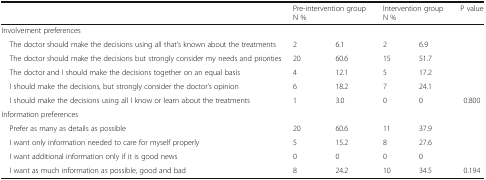
<table><thead><tr><td></td><td colspan="2"><b>Pre-intervention groupN %</b></td><td colspan="2"><b>Intervention groupN %</b></td><td><b>P value</b></td></tr></thead><tbody><tr><td colspan="6">Involvement preferences</td></tr><tr><td> The doctor should make the decisions using all that’s known about the treatments</td><td>2</td><td>6.1</td><td>2</td><td>6.9</td><td></td></tr><tr><td> The doctor should make the decisions but strongly consider my needs and priorities</td><td>20</td><td>60.6</td><td>15</td><td>51.7</td><td></td></tr><tr><td> The doctor and I should make the decisions together on an equal basis</td><td>4</td><td>12.1</td><td>5</td><td>17.2</td><td></td></tr><tr><td> I should make the decisions, but strongly consider the doctor’s opinion</td><td>6</td><td>18.2</td><td>7</td><td>24.1</td><td></td></tr><tr><td> I should make the decisions using all I know or learn about the treatments</td><td>1</td><td>3.0</td><td>0</td><td>0</td><td>0.800</td></tr><tr><td colspan="6">Information preferences</td></tr><tr><td> Prefer as many as details as possible</td><td>20</td><td>60.6</td><td>11</td><td>37.9</td><td></td></tr><tr><td> I want only information needed to care for myself properly</td><td>5</td><td>15.2</td><td>8</td><td>27.6</td><td></td></tr><tr><td> I want additional information only if it is good news</td><td>0</td><td>0</td><td>0</td><td>0</td><td></td></tr><tr><td> I want as much information as possible, good and bad</td><td>8</td><td>24.2</td><td>10</td><td>34.5</td><td>0.194</td></tr></tbody></table>